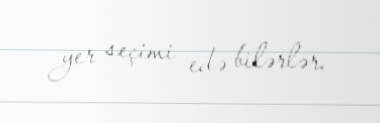
yer seçimi edə bilərlər.